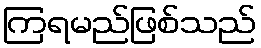
ကြရမည်ဖြစ်သည်